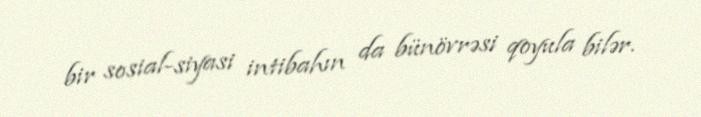
bir sosial-siyasi intibahın da bünövrəsi qoyula bilər.